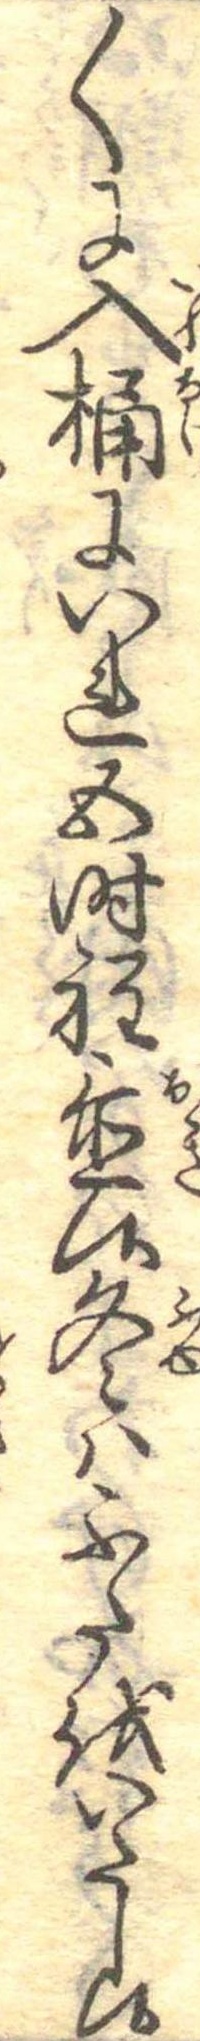
〱に入桶にいれ五時程置候冬はふたをいたし候